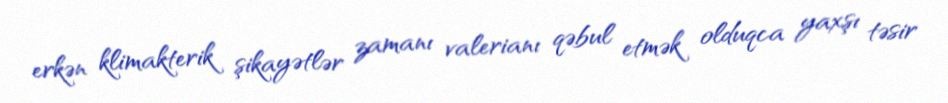
erkən klimakterik şikayətlər zamanı valerianı qəbul etmək olduqca yaxşı təsir